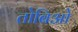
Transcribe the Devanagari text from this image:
तोबिओ